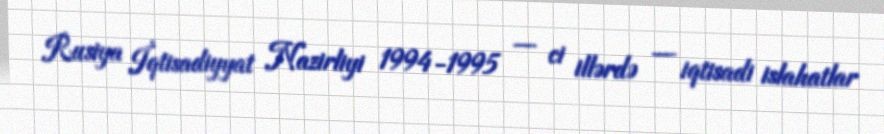
Rusiya İqtisadiyyat Nazirliyi 1994-1995 — ci illərdə — iqtisadi islahatlar